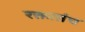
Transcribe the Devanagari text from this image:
रक्तातंच